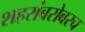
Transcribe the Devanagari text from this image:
शहरांबरोबरच